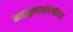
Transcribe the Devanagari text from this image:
महसुलासंबंधीच्या